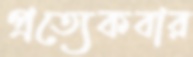
প্রত্যেকবার